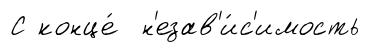
С конце́ н'езав'и́с'имость